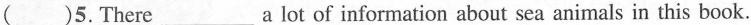
( )5.There ___ a lot of information about sea animals in this book.